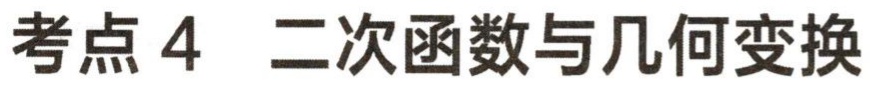
考点 4  二次函数与几何变换